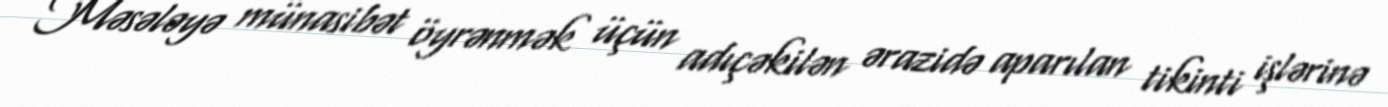
Məsələyə münasibət öyrənmək üçün adıçəkilən ərazidə aparılan tikinti işlərinə